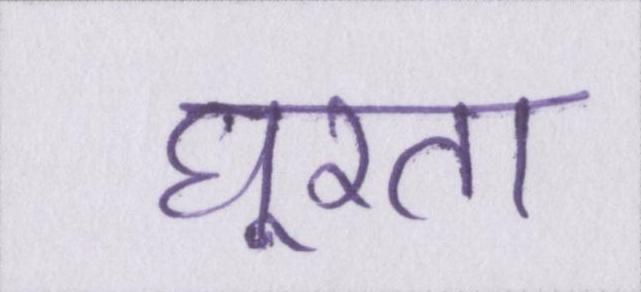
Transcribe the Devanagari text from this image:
घूरता